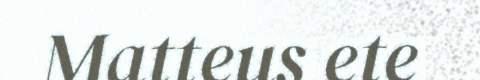
Matteus ete